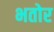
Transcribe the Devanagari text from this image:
भतोर